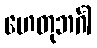
ဟေတုဘင်္ဂါ